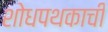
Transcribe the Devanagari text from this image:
शोधपथकाची